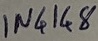
Text: IN4148